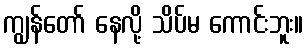
ကျွန်တော် နေလို့ သိပ်မ ကောင်းဘူး။